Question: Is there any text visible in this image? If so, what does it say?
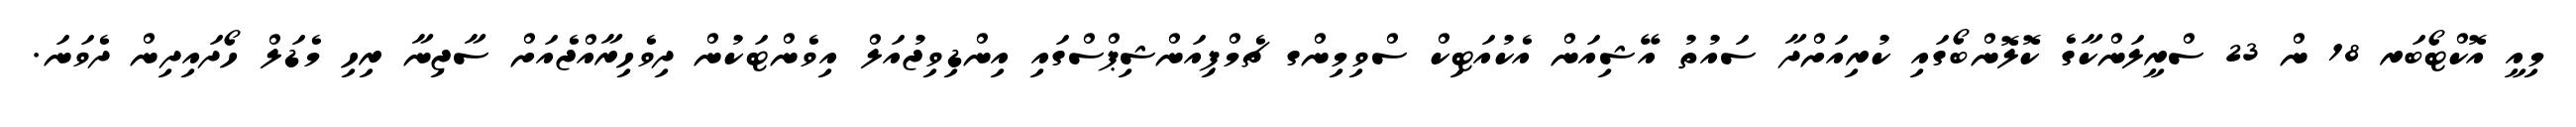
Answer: މިއީ އޮކްޓޯބަރ 18 ން 23 ސްރީލަންކާގެ ކޮލޮންބޯގައި ކުރިއަށްދާ ސައުތު އޭޝިއަން އެކުއަޓިކް ސްވިމިންގ ޗެމްޕިއަންޝިޕްސްގައި އިންޑިވިޖުއަލް އިވެންޓަކުން ދިވެހިރާއްޖެއަށް ސާޖިނާ ރިހި މެޑަލް ހޯދައިދިން ދެވަނަ.